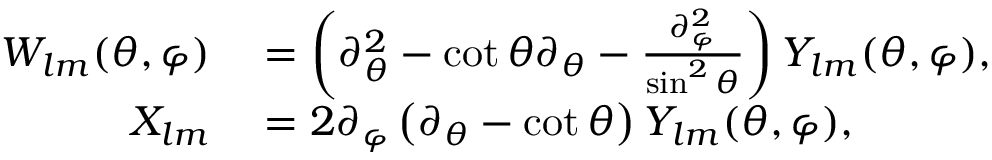
\begin{array} { r l } { W _ { l m } ( \theta , \varphi ) } & { { } = \left( \partial _ { \theta } ^ { 2 } - \cot \theta \partial _ { \theta } - \frac { \partial _ { \varphi } ^ { 2 } } { \sin ^ { 2 } \theta } \right) Y _ { l m } ( \theta , \varphi ) , } \\ { X _ { l m } } & { { } = 2 \partial _ { \varphi } \left( \partial _ { \theta } - \cot \theta \right) Y _ { l m } ( \theta , \varphi ) , } \end{array}